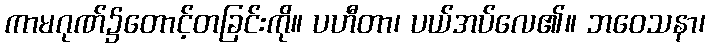
ကာမဂုဏ်၌တောင့်တခြင်းကို။ ပဟီတာ၊ ပယ်အပ်လေ၏။ ဘဝေသနာ၊